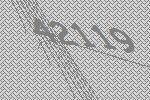
42119